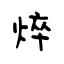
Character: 焠